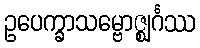
ဥပေက္ခာသမ္ဗောဇ္ဈင်္ဂဿ